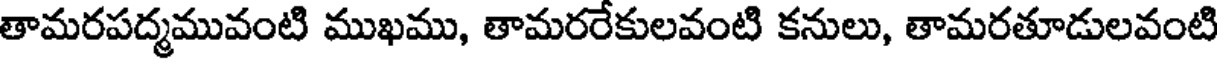
తామరపద్మమువంటి ముఖము, తామరరేకులవంటి కనులు, తామరతూడులవంటి